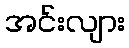
အင်းလျား